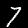
Digit: 7